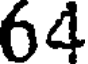
64